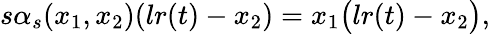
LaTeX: \begin{array}{r}{s\alpha_{s}(x_{1},x_{2})(lr(t)-x_{2})=x_{1}\big(lr(t)-x_{2}\big),}\end{array}